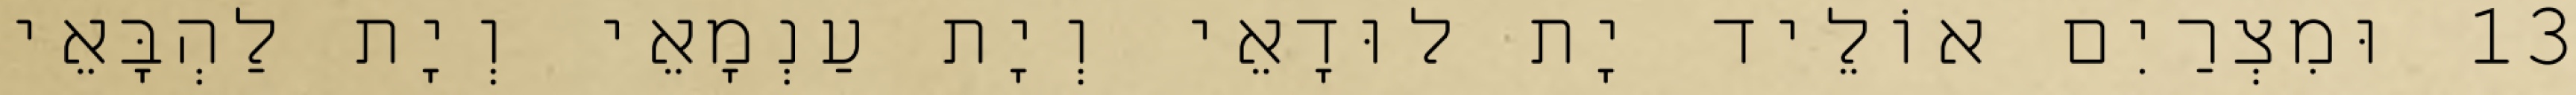
13 וּמִצְרַיִם אוֹלֵיד יָת לוּדָאֵי וְיָת עַנְמָאֵי וְיָת לַהְבָּאֵי